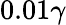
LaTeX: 0.01\gamma